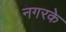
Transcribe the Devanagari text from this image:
नगरके